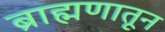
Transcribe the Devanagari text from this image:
ब्राह्मणातून